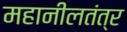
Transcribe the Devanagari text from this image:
महानीलतंत्र